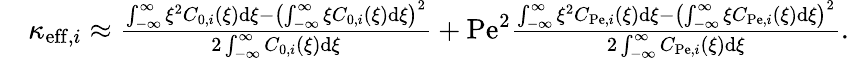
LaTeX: \begin{array}{rl}&{\kappa_{\mathrm{eff},i}\approx\frac{\int_{-\infty}^{\infty}\xi^{2}C_{0,i}(\xi)\mathrm{d}\xi-\left(\int_{-\infty}^{\infty}\xi C_{0,i}(\xi)\mathrm{d}\xi\right)^{2}}{2\int_{-\infty}^{\infty}C_{0,i}(\xi)\mathrm{d}\xi}+\mathrm{Pe}^{2}\frac{\int_{-\infty}^{\infty}\xi^{2}C_{\mathrm{Pe},i}(\xi)\mathrm{d}\xi-\left(\int_{-\infty}^{\infty}\xi C_{\mathrm{Pe},i}(\xi)\mathrm{d}\xi\right)^{2}}{2\int_{-\infty}^{\infty}C_{\mathrm{Pe},i}(\xi)\mathrm{d}\xi}.}\end{array}